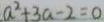
a ^ { 2 } + 3 a - 2 = 0